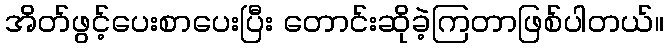
အိတ်ဖွင့်ပေးစာပေးပြီး တောင်းဆိုခဲ့ကြတာဖြစ်ပါတယ်။